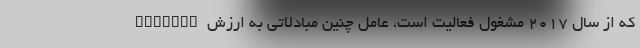
OGUsers که از سال ۲۰۱۷ مشغول فعالیت است، عامل چنین مبادلاتی به ارزش